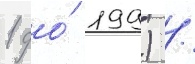
1 до́ 199) /